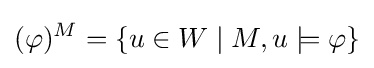
(\varphi )^{M}=\{u\in W\mid M,u\models \varphi \}